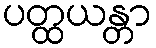
ပတ္ထယန္တာ